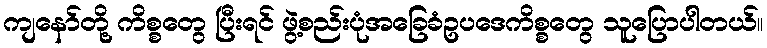
ကျနော်တို့ ကိစ္စတွေ ပြီးရင် ဖွဲ့စည်းပုံအခြေခံဥပဒေကိစ္စတွေ သူပြောပါတယ်။